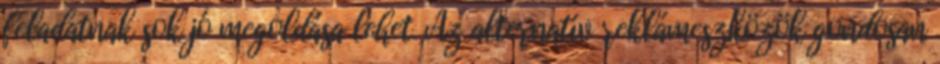
feladatnak sok jó megoldása lehet. Az alternatív reklámeszközök gondosan